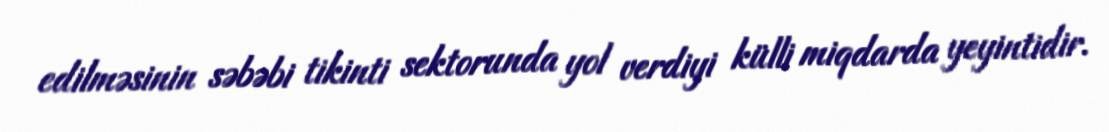
edilməsinin səbəbi tikinti sektorunda yol verdiyi külli miqdarda yeyintidir.